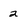
Character: 2